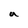
Character: a